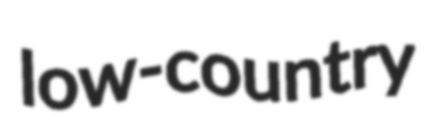
low-country